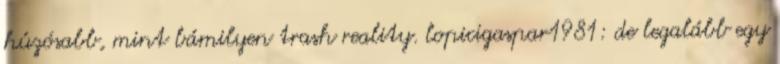
húzósabb, mint bámilyen trash reality. lopicigaspar1981: de legalább egy